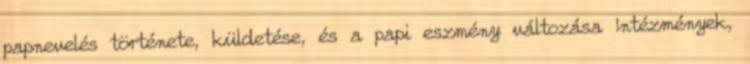
papnevelés története, küldetése, és a papi eszmény változása Intézmények,